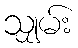
သျှမ်း